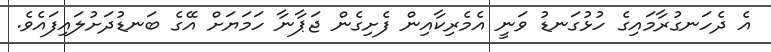
އެ ދެހަނގުރާމައިގެ ހުޅުގަނޑު ވަނީ އެމެރިކާއިން ފެށިގެން ޖަޕާނާ ހަމަޔަށް އޭގެ ބަނޑުދަށުލައިފައެވެ.